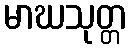
မာဃသုတ္တ